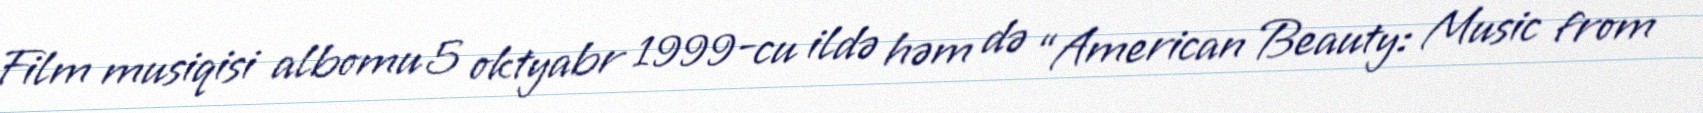
Film musiqisi albomu 5 oktyabr 1999-cu ildə həm də “American Beauty: Music from